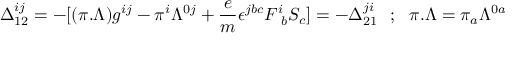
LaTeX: \Delta _ { 1 2 } ^ { i j } = - [ ( \pi . \Lambda ) g ^ { i j } - \pi ^ { i } \Lambda ^ { 0 j } + { \frac { e } { m } } \epsilon ^ { j b c } F _ { ~ b } ^ { i } S _ { c } ] = - \Delta _ { 2 1 } ^ { j i } ~ ~ ; ~ ~ \pi . \Lambda = \pi _ { a } \Lambda ^ { 0 a }